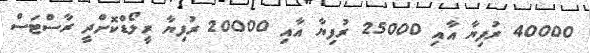
40000 ރުފިޔާ އާއި 25000 ރުފިޔާ އާއި 20000 ރުފިޔާ ރީލޯޑްކޮށްދީ ރާސްޓަސް